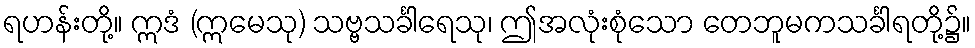
ရဟန်းတို့။ ဣဒံ (ဣမေသု) သဗ္ဗသင်္ခါရေသု၊ ဤအလုံးစုံသော တေဘူမကသင်္ခါရတို့၌။